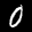
Label: 0